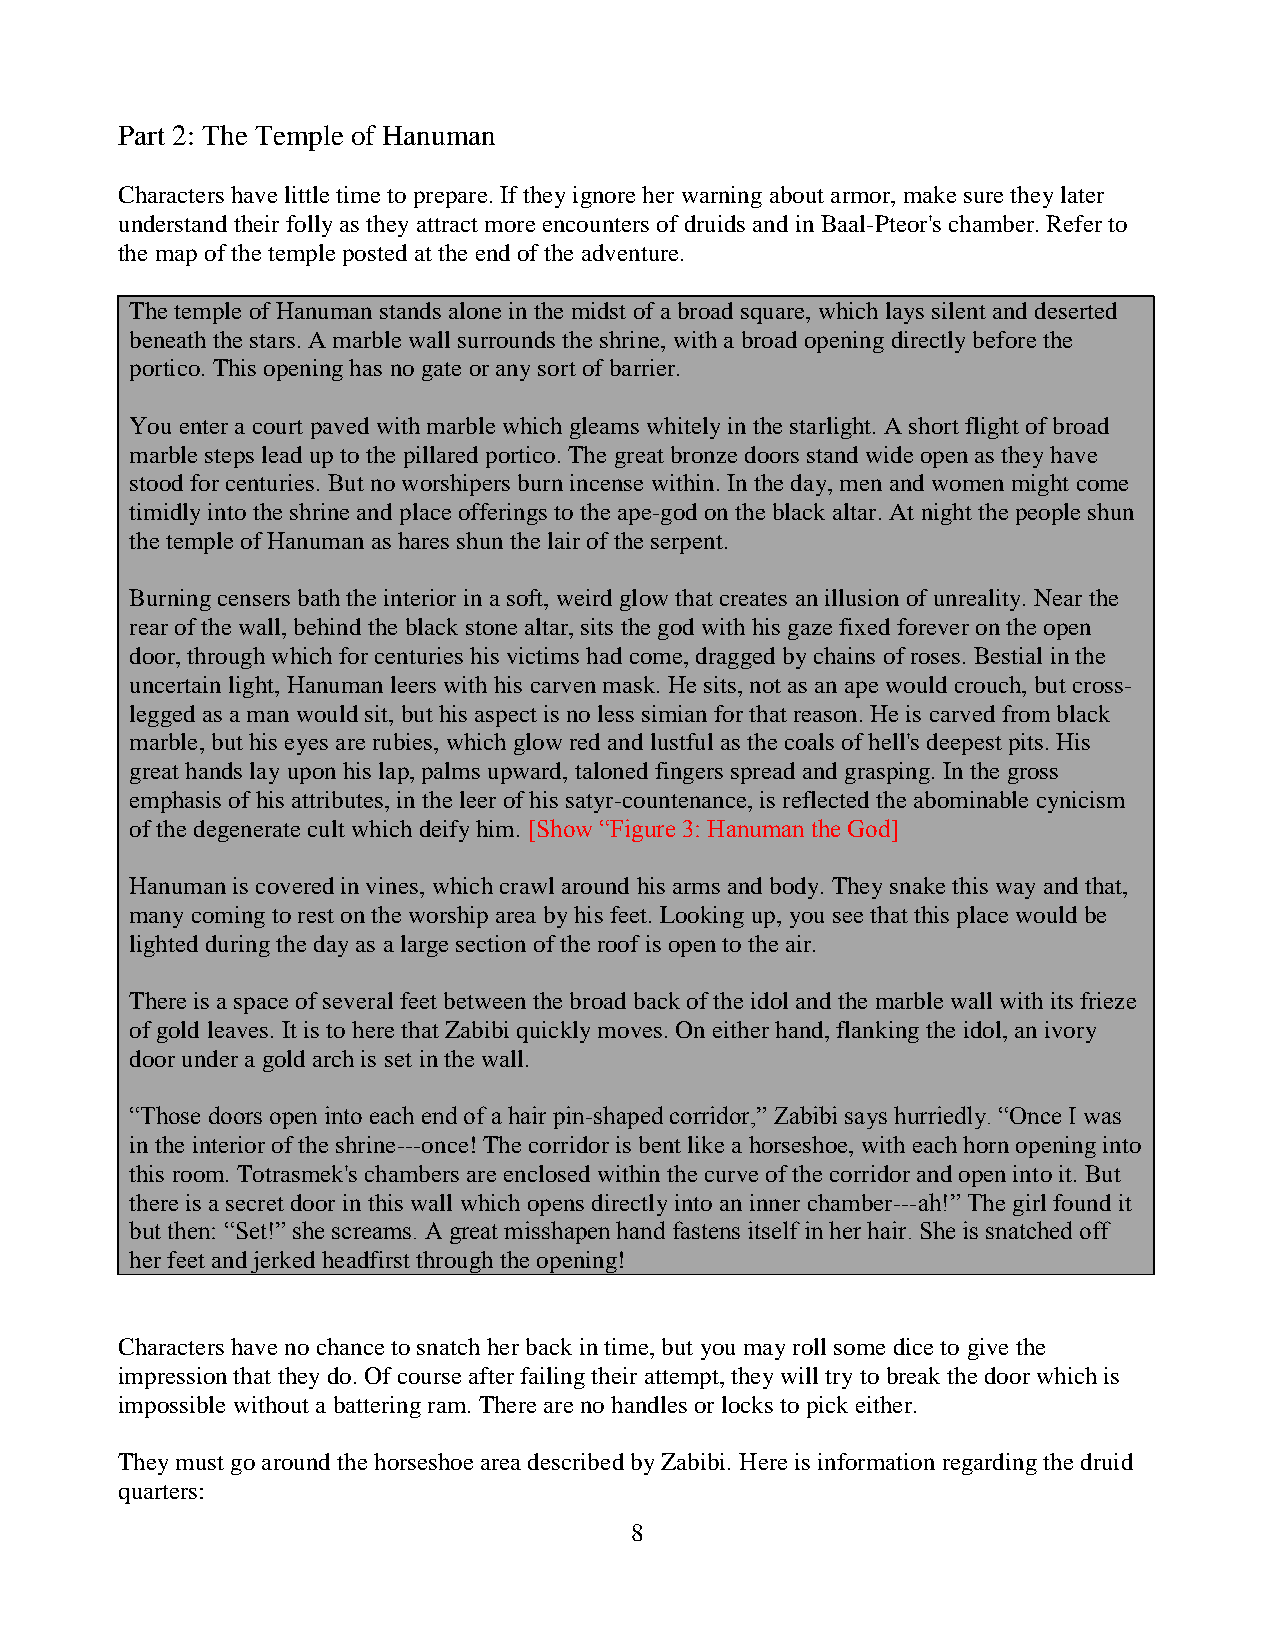
Part 2: The Temple of Hanuman
 Characters have little time to prepare. If they ignore her warning about armor, make sure they later
 understand their folly as they attract more encounters of druids and in Baal-Pteor's chamber. Refer to
 the map of the temple posted at the end of the adventure.
 The temple of Hanuman stands alone in the midst of a broad square, which lays silent and deserted
 beneath the stars. A marble wall surrounds the shrine, with a broad opening directly before the
 portico. This opening has no gate or any sort of barrier.
 You enter a court paved with marble which gleams whitely in the starlight. A short flight of broad
 marble steps lead up to the pillared portico. The great bronze doors stand wide open as they have
 stood for centuries. But no worshipers burn incense within. In the day, men and women might come
 timidly into the shrine and place offerings to the ape-god on the black altar. At night the people shun
 the temple of Hanuman as hares shun the lair of the serpent.
 Burning censers bath the interior in a soft, weird glow that creates an illusion of unreality. Near the
 rear of the wall, behind the black stone altar, sits the god with his gaze fixed forever on the open
 door, through which for centuries his victims had come, dragged by chains of roses. Bestial in the
 uncertain light, Hanuman leers with his carven mask. He sits, not as an ape would crouch, but cross-
 legged as a man would sit, but his aspect is no less simian for that reason. He is carved from black
 marble, but his eyes are rubies, which glow red and lustful as the coals of hell's deepest pits. His
 great hands lay upon his lap, palms upward, taloned fingers spread and grasping. In the gross
 emphasis of his attributes, in the leer of his satyr-countenance, is reflected the abominable cynicism
 of the degenerate cult which deify him. [Show “Figure 3: Hanuman the God]
 Hanuman is covered in vines, which crawl around his arms and body. They snake this way and that,
 many coming to rest on the worship area by his feet. Looking up, you see that this place would be
 lighted during the day as a large section of the roof is open to the air.
 There is a space of several feet between the broad back of the idol and the marble wall with its frieze
 of gold leaves. It is to here that Zabibi quickly moves. On either hand, flanking the idol, an ivory
 door under a gold arch is set in the wall.
 “Those doors open into each end of a hair pin-shaped corridor,” Zabibi says hurriedly. “Once I was
 in the interior of the shrine---once! The corridor is bent like a horseshoe, with each horn opening into
 this room. Totrasmek's chambers are enclosed within the curve of the corridor and open into it. But
 there is a secret door in this wall which opens directly into an inner chamber---ah!” The girl found it
 but then: “Set!” she screams. A great misshapen hand fastens itself in her hair. She is snatched off
 her feet and jerked headfirst through the opening!
 Characters have no chance to snatch her back in time, but you may roll some dice to give the
 impression that they do. Of course after failing their attempt, they will try to break the door which is
 impossible without a battering ram. There are no handles or locks to pick either.
 They must go around the horseshoe area described by Zabibi. Here is information regarding the druid
 quarters:
 8